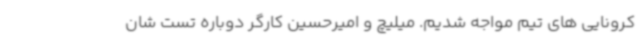
کرونایی های تیم مواجه شدیم. میلیچ و امیرحسین کارگر دوباره تست شان